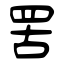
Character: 罟